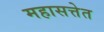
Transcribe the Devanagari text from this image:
महासत्तेत